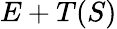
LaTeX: E+T(S)